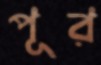
পূর